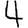
Digit: 4